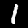
Label: 1